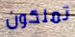
تملكون